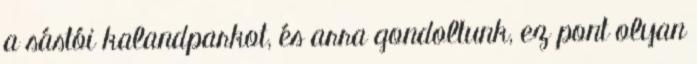
a sástói kalandparkot, és arra gondoltunk, ez pont olyan